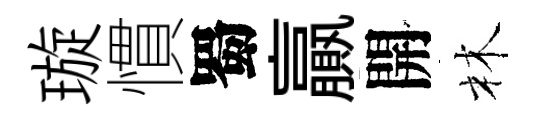
璇慣蜀贏開林